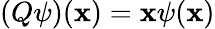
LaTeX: (Q\psi)(\mathbf{x})=\mathbf{x}\psi(\mathbf{x})